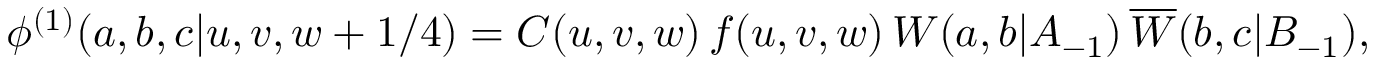
\phi ^ { ( 1 ) } ( a , b , c | u , v , w + 1 / 4 ) = C ( u , v , w ) \, f ( u , v , w ) \, W ( a , b | A _ { - 1 } ) \, \overline { { { W } } } ( b , c | B _ { - 1 } ) ,